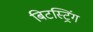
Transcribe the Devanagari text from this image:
बिटस्ट्रिंग